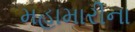
મહામારીના